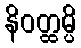
နိဝတ္ထမ္ပိ